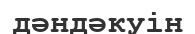
дәндәкуін